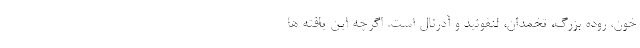
خون، روده بزرگ، تخمدان، لنفوئید و آدرنال است. اگرچه این یافته ها